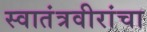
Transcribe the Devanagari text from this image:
स्वातंत्रवीरांचा